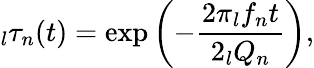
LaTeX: \phantom{}_{l}\tau_{n}(t)=\exp\left(-\frac{2\pi\phantom{}_{l}f_{n}t}{2\phantom{}_{l}Q_{n}}\right),